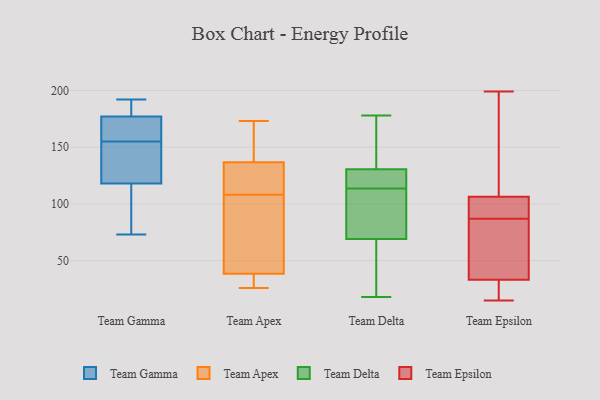
{"axis": {"x": "Latency (ms)", "y": "Value"}, "legend": ["Team Apex", "Team Delta", "Team Epsilon", "Team Gamma"], "data": [{"x": "", "y": 178, "type": "Team Gamma"}, {"x": "", "y": 91, "type": "Team Gamma"}, {"x": "", "y": 161, "type": "Team Gamma"}, {"x": "", "y": 176, "type": "Team Gamma"}, {"x": "", "y": 192, "type": "Team Gamma"}, {"x": "", "y": 149, "type": "Team Gamma"}, {"x": "", "y": 82, "type": "Team Gamma"}, {"x": "", "y": 147, "type": "Team Gamma"}, {"x": "", "y": 180, "type": "Team Gamma"}, {"x": "", "y": 145, "type": "Team Gamma"}, {"x": "", "y": 73, "type": "Team Gamma"}, {"x": "", "y": 173, "type": "Team Gamma"}, {"x": "", "y": 29, "type": "Team Apex"}, {"x": "", "y": 114, "type": "Team Apex"}, {"x": "", "y": 26, "type": "Team Apex"}, {"x": "", "y": 40, "type": "Team Apex"}, {"x": "", "y": 100, "type": "Team Apex"}, {"x": "", "y": 139, "type": "Team Apex"}, {"x": "", "y": 113, "type": "Team Apex"}, {"x": "", "y": 97, "type": "Team Apex"}, {"x": "", "y": 173, "type": "Team Apex"}, {"x": "", "y": 108, "type": "Team Apex"}, {"x": "", "y": 158, "type": "Team Apex"}, {"x": "", "y": 136, "type": "Team Apex"}, {"x": "", "y": 108, "type": "Team Apex"}, {"x": "", "y": 173, "type": "Team Apex"}, {"x": "", "y": 26, "type": "Team Apex"}, {"x": "", "y": 34, "type": "Team Apex"}, {"x": "", "y": 77, "type": "Team Apex"}, {"x": "", "y": 129, "type": "Team Delta"}, {"x": "", "y": 103, "type": "Team Delta"}, {"x": "", "y": 83, "type": "Team Delta"}, {"x": "", "y": 49, "type": "Team Delta"}, {"x": "", "y": 178, "type": "Team Delta"}, {"x": "", "y": 18, "type": "Team Delta"}, {"x": "", "y": 52, "type": "Team Delta"}, {"x": "", "y": 118, "type": "Team Delta"}, {"x": "", "y": 59, "type": "Team Delta"}, {"x": "", "y": 135, "type": "Team Delta"}, {"x": "", "y": 115, "type": "Team Delta"}, {"x": "", "y": 112, "type": "Team Delta"}, {"x": "", "y": 95, "type": "Team Delta"}, {"x": "", "y": 132, "type": "Team Delta"}, {"x": "", "y": 56, "type": "Team Delta"}, {"x": "", "y": 116, "type": "Team Delta"}, {"x": "", "y": 165, "type": "Team Delta"}, {"x": "", "y": 79, "type": "Team Delta"}, {"x": "", "y": 126, "type": "Team Delta"}, {"x": "", "y": 155, "type": "Team Delta"}, {"x": "", "y": 174, "type": "Team Epsilon"}, {"x": "", "y": 64, "type": "Team Epsilon"}, {"x": "", "y": 15, "type": "Team Epsilon"}, {"x": "", "y": 97, "type": "Team Epsilon"}, {"x": "", "y": 159, "type": "Team Epsilon"}, {"x": "", "y": 30, "type": "Team Epsilon"}, {"x": "", "y": 22, "type": "Team Epsilon"}, {"x": "", "y": 87, "type": "Team Epsilon"}, {"x": "", "y": 27, "type": "Team Epsilon"}, {"x": "", "y": 199, "type": "Team Epsilon"}, {"x": "", "y": 101, "type": "Team Epsilon"}, {"x": "", "y": 108, "type": "Team Epsilon"}, {"x": "", "y": 98, "type": "Team Epsilon"}, {"x": "", "y": 43, "type": "Team Epsilon"}, {"x": "", "y": 85, "type": "Team Epsilon"}]}